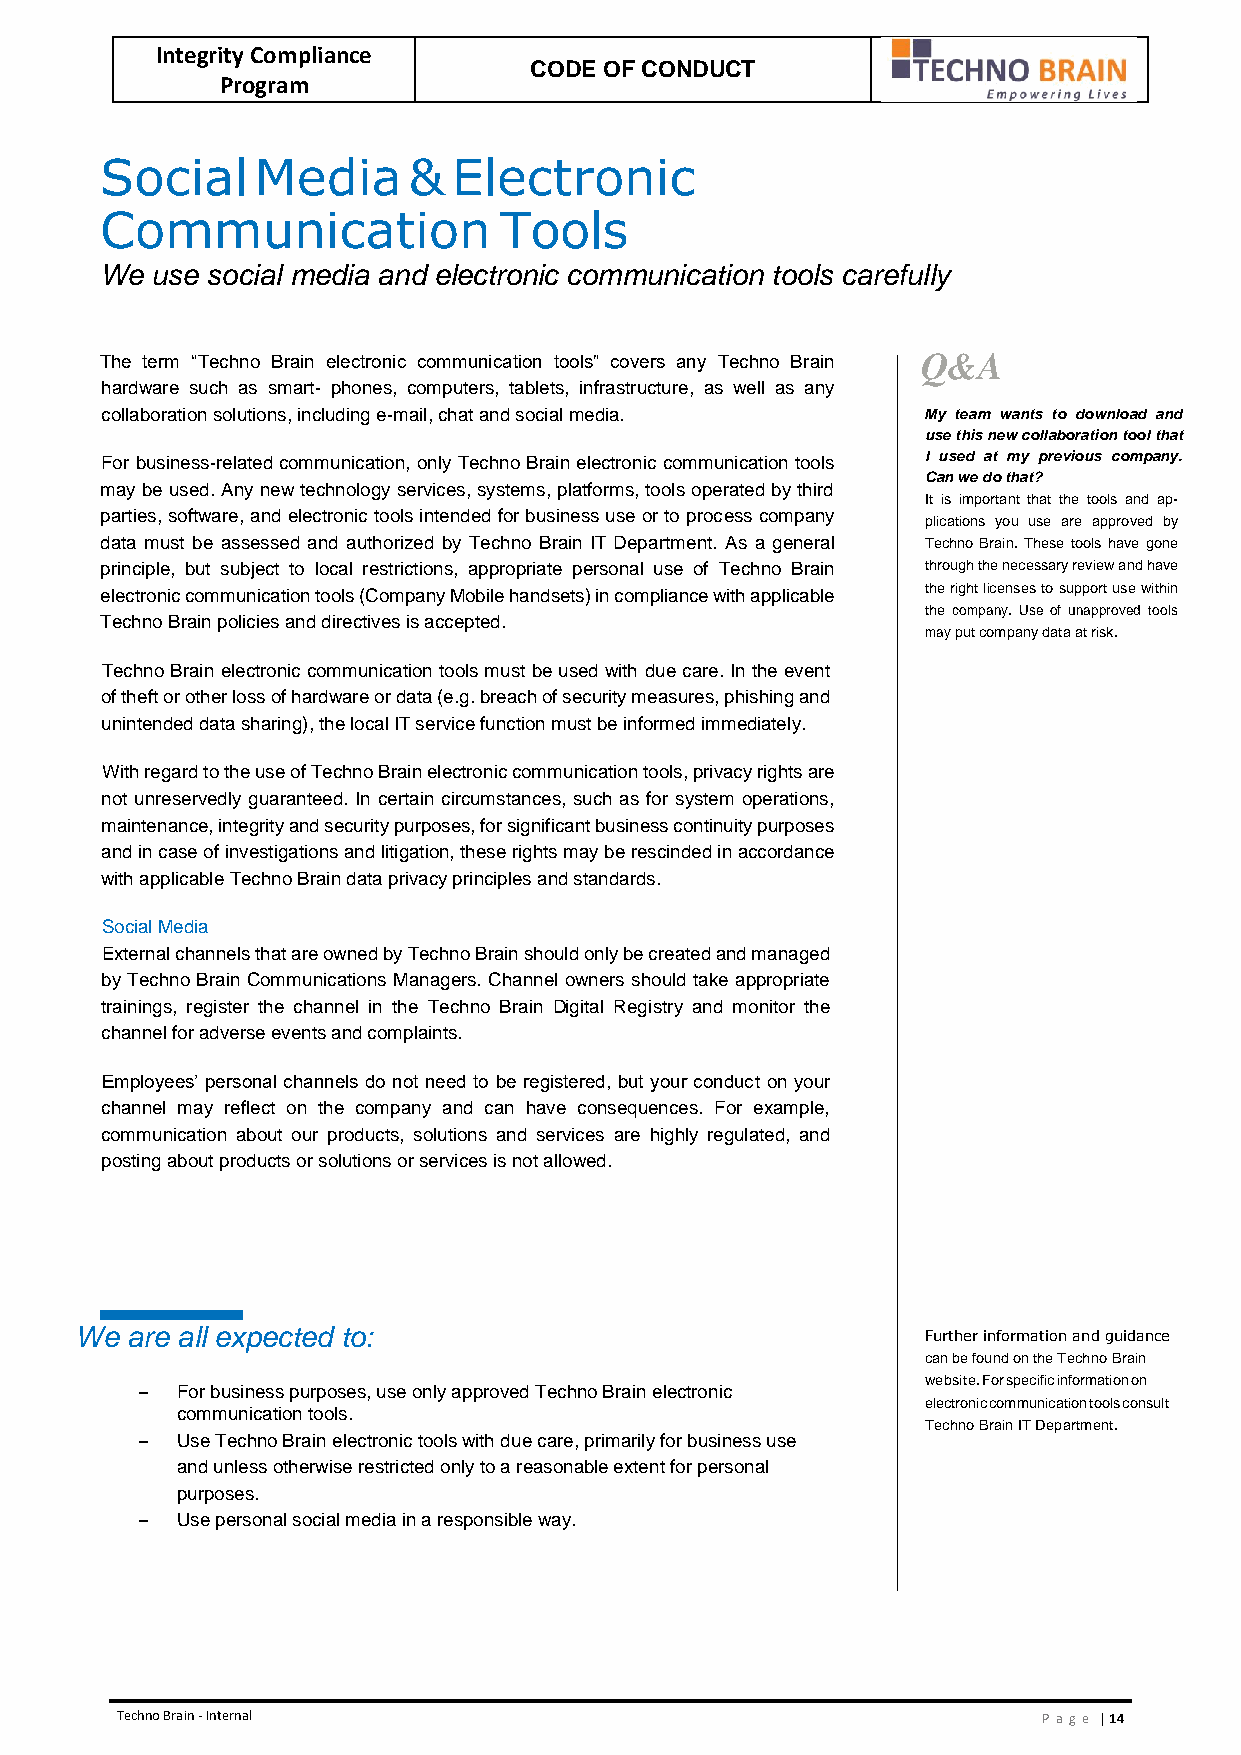
Integrity Compliance
 CODE OF CONDUCT
 Program
 Social    Media     &  Electronic
 Communication             Tools
 We use social media and electronic communication tools carefully
 The term “Techno Brain electronic communication tools” covers any Techno Brain Q&A
 hardware such as smart- phones, computers, tablets, infrastructure, as well as any
 collaboration solutions, including e-mail, chat and social media. My team wants to download and
 use this new collaboration tool that
 For business-related communication, only Techno Brain electronic communication tools I used at my previous company.
 Can we do that?
 may be used. Any new technology services, systems, platforms, tools operated by third
 It is important that the tools and ap-
 parties, software, and electronic tools intended for business use or to process company
 plications you use are approved by
 data must be assessed and authorized by Techno Brain IT Department. As a general Techno Brain. These tools have gone
 principle, but subject to local restrictions, appropriate personal use of Techno Brain through the necessary review and have
 electronic communication tools (Company Mobile handsets) in compliance with applicable the right licenses to support use within
 the company. Use of unapproved tools
 Techno Brain policies and directives is accepted.
 may put company data at risk.
 Techno Brain electronic communication tools must be used with due care. In the event
 of theft or other loss of hardware or data (e.g. breach of security measures, phishing and
 unintended data sharing), the local IT service function must be informed immediately.
 With regard to the use of Techno Brain electronic communication tools, privacy rights are
 not unreservedly guaranteed. In certain circumstances, such as for system operations,
 maintenance, integrity and security purposes, for significant business continuity purposes
 and in case of investigations and litigation, these rights may be rescinded in accordance
 with applicable Techno Brain data privacy principles and standards.
 Social Media
 External channels that are owned by Techno Brain should only be created and managed
 by Techno Brain Communications Managers. Channel owners should take appropriate
 trainings, register the channel in the Techno Brain Digital Registry and monitor the
 channel for adverse events and complaints.
 Employees’ personal channels do not need to be registered, but your conduct on your
 channel may reflect on the company and can have consequences. For example,
 communication about our products, solutions and services are highly regulated, and
 posting about products or solutions or services is not allowed.
 We are all expected to:                                 Further information and guidance
 can be found on the Techno Brain
 website. For specific information on
 –  For business purposes, use only approved Techno Brain electronic
 electronic communication tools consult
 communication tools.
 Techno Brain IT Department.
 –  Use Techno Brain electronic tools with due care, primarily for business use
 and unless otherwise restricted only to a reasonable extent for personal
 purposes.
 –  Use personal social media in a responsible way.
 Techno Brain - Internal                                      Pa ge | 14